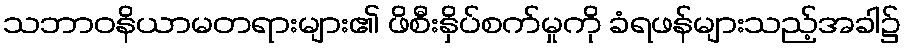
သဘာဝနိယာမတရားများ၏ ဖိစီးနှိပ်စက်မှုကို ခံရဖန်များသည့်အခါ၌